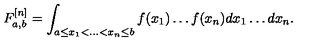
F _ { a , b } ^ { [ n ] } = \int _ { a \leq x _ { 1 } < \ldots < x _ { n } \leq b } f ( x _ { 1 } ) \ldots f ( x _ { n } ) d x _ { 1 } \ldots d x _ { n } .